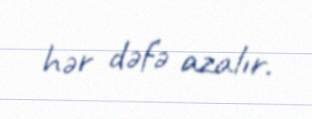
hər dəfə azalır.